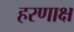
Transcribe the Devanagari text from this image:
हरणाक्ष